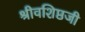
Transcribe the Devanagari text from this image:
श्रीवशिष्ठजी